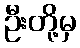
ဦးတို့မှ